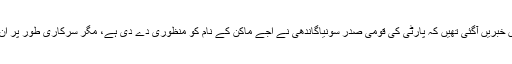
حالانکہ دوروز قبل ہی میڈیا میں خبریں آگئی تھیں کہ پارٹی کی قومی صدر سونیاگاندھی نے اجے ماکن کے نام کو منظوری دے دی ہے، مگر سرکاری طور پر ان کے نام کا اعلان آج کیا گیاہے۔